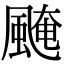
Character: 𩗷